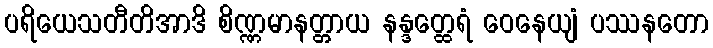
ပရိယေသတီတိအာဒိ စိဏ္ဏမာနတ္တာယ နန္ဒတ္ထေရံ ဝေနေယျံ ပဿနတော